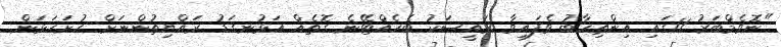
"ނޮވެމްބަރު 11ގައި އިންތިހާބު ވެފައިވާ ރައީސަކު ބެހެއްޓޭނެ ގޮތެއް އަޅުނގަޑު ރައްޔިތުންނަށް ހުށަހަޅަން.